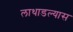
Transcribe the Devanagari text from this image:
लाथाडल्यास